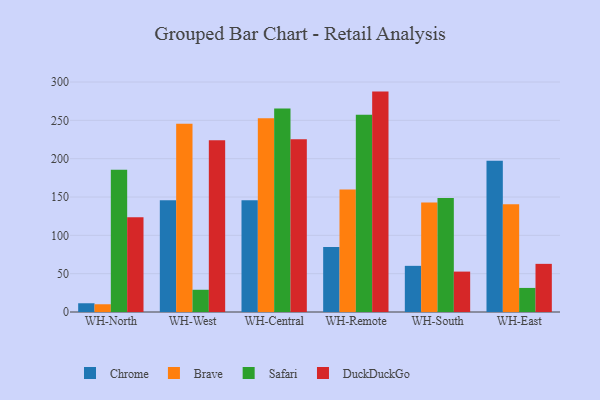
{"axis": {"x": "Warehouse", "y": "Churn Rate (%)"}, "legend": ["Brave", "Chrome", "DuckDuckGo", "Safari"], "data": [{"x": "WH-North", "y": 11.4, "type": "Chrome"}, {"x": "WH-North", "y": 10.1, "type": "Brave"}, {"x": "WH-North", "y": 185.4, "type": "Safari"}, {"x": "WH-North", "y": 123.5, "type": "DuckDuckGo"}, {"x": "WH-West", "y": 145.7, "type": "Chrome"}, {"x": "WH-West", "y": 245.6, "type": "Brave"}, {"x": "WH-West", "y": 29.0, "type": "Safari"}, {"x": "WH-West", "y": 224.0, "type": "DuckDuckGo"}, {"x": "WH-Central", "y": 145.8, "type": "Chrome"}, {"x": "WH-Central", "y": 252.6, "type": "Brave"}, {"x": "WH-Central", "y": 265.5, "type": "Safari"}, {"x": "WH-Central", "y": 225.4, "type": "DuckDuckGo"}, {"x": "WH-Remote", "y": 84.8, "type": "Chrome"}, {"x": "WH-Remote", "y": 159.8, "type": "Brave"}, {"x": "WH-Remote", "y": 257.4, "type": "Safari"}, {"x": "WH-Remote", "y": 287.5, "type": "DuckDuckGo"}, {"x": "WH-South", "y": 60.2, "type": "Chrome"}, {"x": "WH-South", "y": 142.8, "type": "Brave"}, {"x": "WH-South", "y": 148.6, "type": "Safari"}, {"x": "WH-South", "y": 52.7, "type": "DuckDuckGo"}, {"x": "WH-East", "y": 197.3, "type": "Chrome"}, {"x": "WH-East", "y": 140.5, "type": "Brave"}, {"x": "WH-East", "y": 31.4, "type": "Safari"}, {"x": "WH-East", "y": 62.8, "type": "DuckDuckGo"}]}